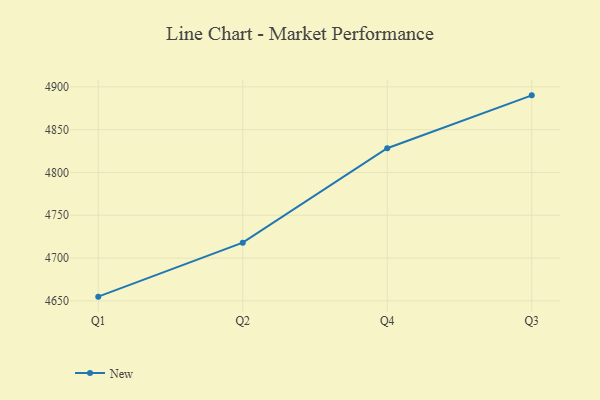
{"axis": {"x": "Quarter", "y": "Production Output"}, "legend": ["New"], "data": [{"x": "Q1", "y": 4654.9, "type": "New"}, {"x": "Q2", "y": 4718.0, "type": "New"}, {"x": "Q4", "y": 4828.3, "type": "New"}, {"x": "Q3", "y": 4890.1, "type": "New"}]}